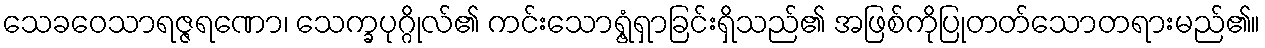
သေခဝေသာရဇ္ဇရဏော၊ သေက္ခပုဂ္ဂိုလ်၏ ကင်းသောရွံ့ရှာခြင်းရှိသည်၏ အဖြစ်ကိုပြုတတ်သောတရားမည်၏။